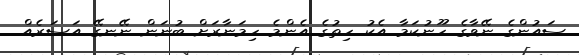
ސައުންގެ ނޭވާގެ ހޫނުކަމާ އެކު ހިތުގެ އެންމެ ހިމަނާރަށް ބުނަން ނޭނގޭ އަސަރެއް